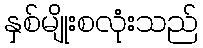
နှစ်မျိုးစလုံးသည်